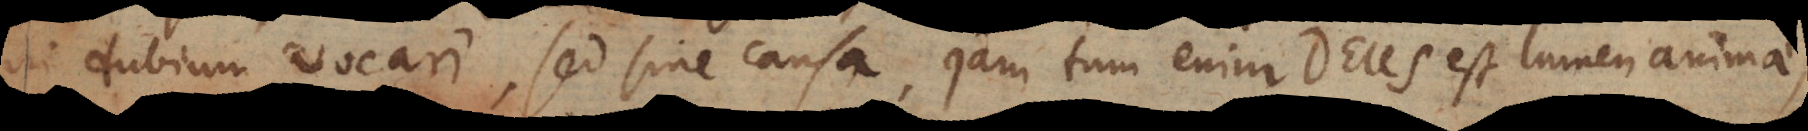
in dubium vocari, sed sine causa, jam tum enim Deus est lumen anima